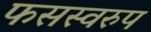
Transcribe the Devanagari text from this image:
फसस्वरुप